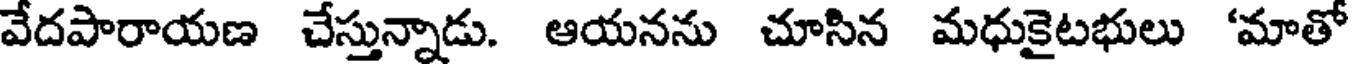
వేదపారాయణ చేస్తున్నాడు. ఆయనను చూసిన మధుకైటభులు 'మాతో